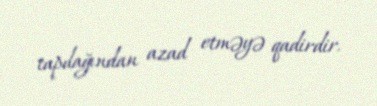
tapdağından azad etməyə qadirdir.